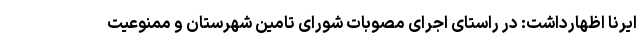
ایرنا اظهارداشت: در راستای اجرای مصوبات شورای تامین شهرستان و ممنوعیت